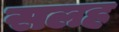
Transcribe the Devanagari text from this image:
सलह